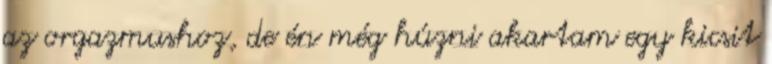
az orgazmushoz, de én még húzni akartam egy kicsit